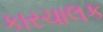
કારચાલક